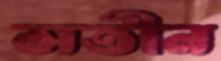
সতীন